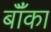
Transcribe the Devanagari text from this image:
बॉँका